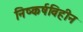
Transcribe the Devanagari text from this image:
निष्कर्षविहीन